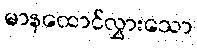
မာနထောင်လွှားသော